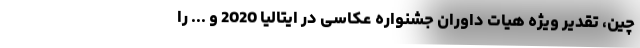
چین، تقدیر ویژه هیات داوران جشنواره عکاسی در ایتالیا 2020 و ... را